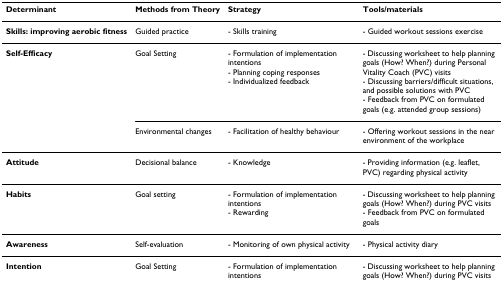
<table><thead><tr><td><b>Determinant</b></td><td><b>Methods from Theory</b></td><td><b>Strategy</b></td><td><b>Tools/materials</b></td></tr></thead><tbody><tr><td><b>Skills: improving aerobic fitness</b></td><td>Guided practice</td><td>- Skills training</td><td>- Guided workout sessions exercise</td></tr><tr><td><b>Self-Efficacy</b></td><td>Goal Setting</td><td>- Formulation of implementation intentions- Planning coping responses- Individualized feedback</td><td>- Discussing worksheet to help planning goals (How? When?) during Personal Vitality Coach (PVC) visits- Discussing barriers/difficult situations, and possible solutions with PVC- Feedback from PVC on formulated goals (e.g. attended group sessions)</td></tr><tr><td></td><td>Environmental changes</td><td>- Facilitation of healthy behaviour</td><td>- Offering workout sessions in the near environment of the workplace</td></tr><tr><td><b>Attitude</b></td><td>Decisional balance</td><td>- Knowledge</td><td>- Providing information (e.g. leaflet, PVC) regarding physical activity</td></tr><tr><td><b>Habits</b></td><td>Goal setting</td><td>- Formulation of implementation intentions- Rewarding</td><td>- Discussing worksheet to help planning goals (How? When?) during PVC visits- Feedback from PVC on formulated goals</td></tr><tr><td><b>Awareness</b></td><td>Self-evaluation</td><td>- Monitoring of own physical activity</td><td>- Physical activity diary</td></tr><tr><td><b>Intention</b></td><td>Goal Setting</td><td>- Formulation of implementation intentions</td><td>- Discussing worksheet to help planning goals (How? When?) during PVC visits</td></tr></tbody></table>